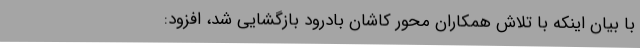
با بیان اینکه با تلاش همکاران محور کاشان بادرود بازگشایی شد، افزود: